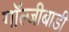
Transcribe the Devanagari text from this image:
गॉल्जीबाडी